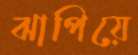
ঝাপিয়ে